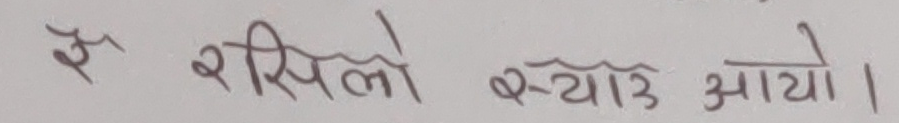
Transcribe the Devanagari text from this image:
ई रसिलो स्याउ आयो।